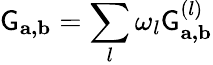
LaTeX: \mathsf{G}_{\mathbf{{a,b}}}=\sum_{l}\omega_{l}\mathsf{G}_{\mathbf{{a,b}}}^{(l)}